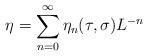
LaTeX: \begin{align*}\eta=\sum_{n=0}^{\infty}\eta_{n}(\tau,\sigma) L^{-n}\end{align*}